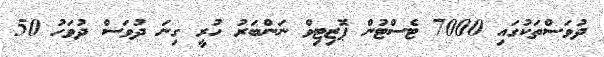
ދުވަސްތަކުގައި 7000 ޓެސްޓުން ޕޮޒިޓިވް ނަންބަރު ހުރީ ގިނަ ދުވަސް ދުވަހު 50